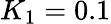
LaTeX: K_{1}=0.1